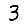
Digit: 3